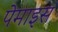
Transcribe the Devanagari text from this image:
पेमाइस